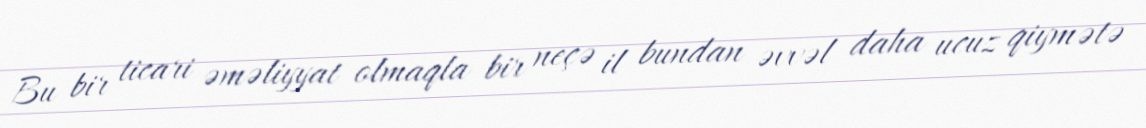
Bu bir ticari əməliyyat olmaqla bir neçə il bundan əvvəl daha ucuz qiymətə